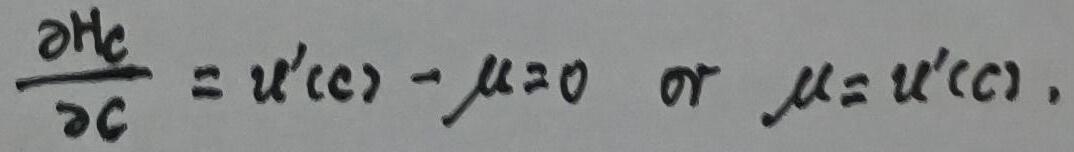
$\frac{\partial H_c}{\partial c} = u'(c) - \mu = 0 \quad \text{or} \quad \mu = u'(c).$